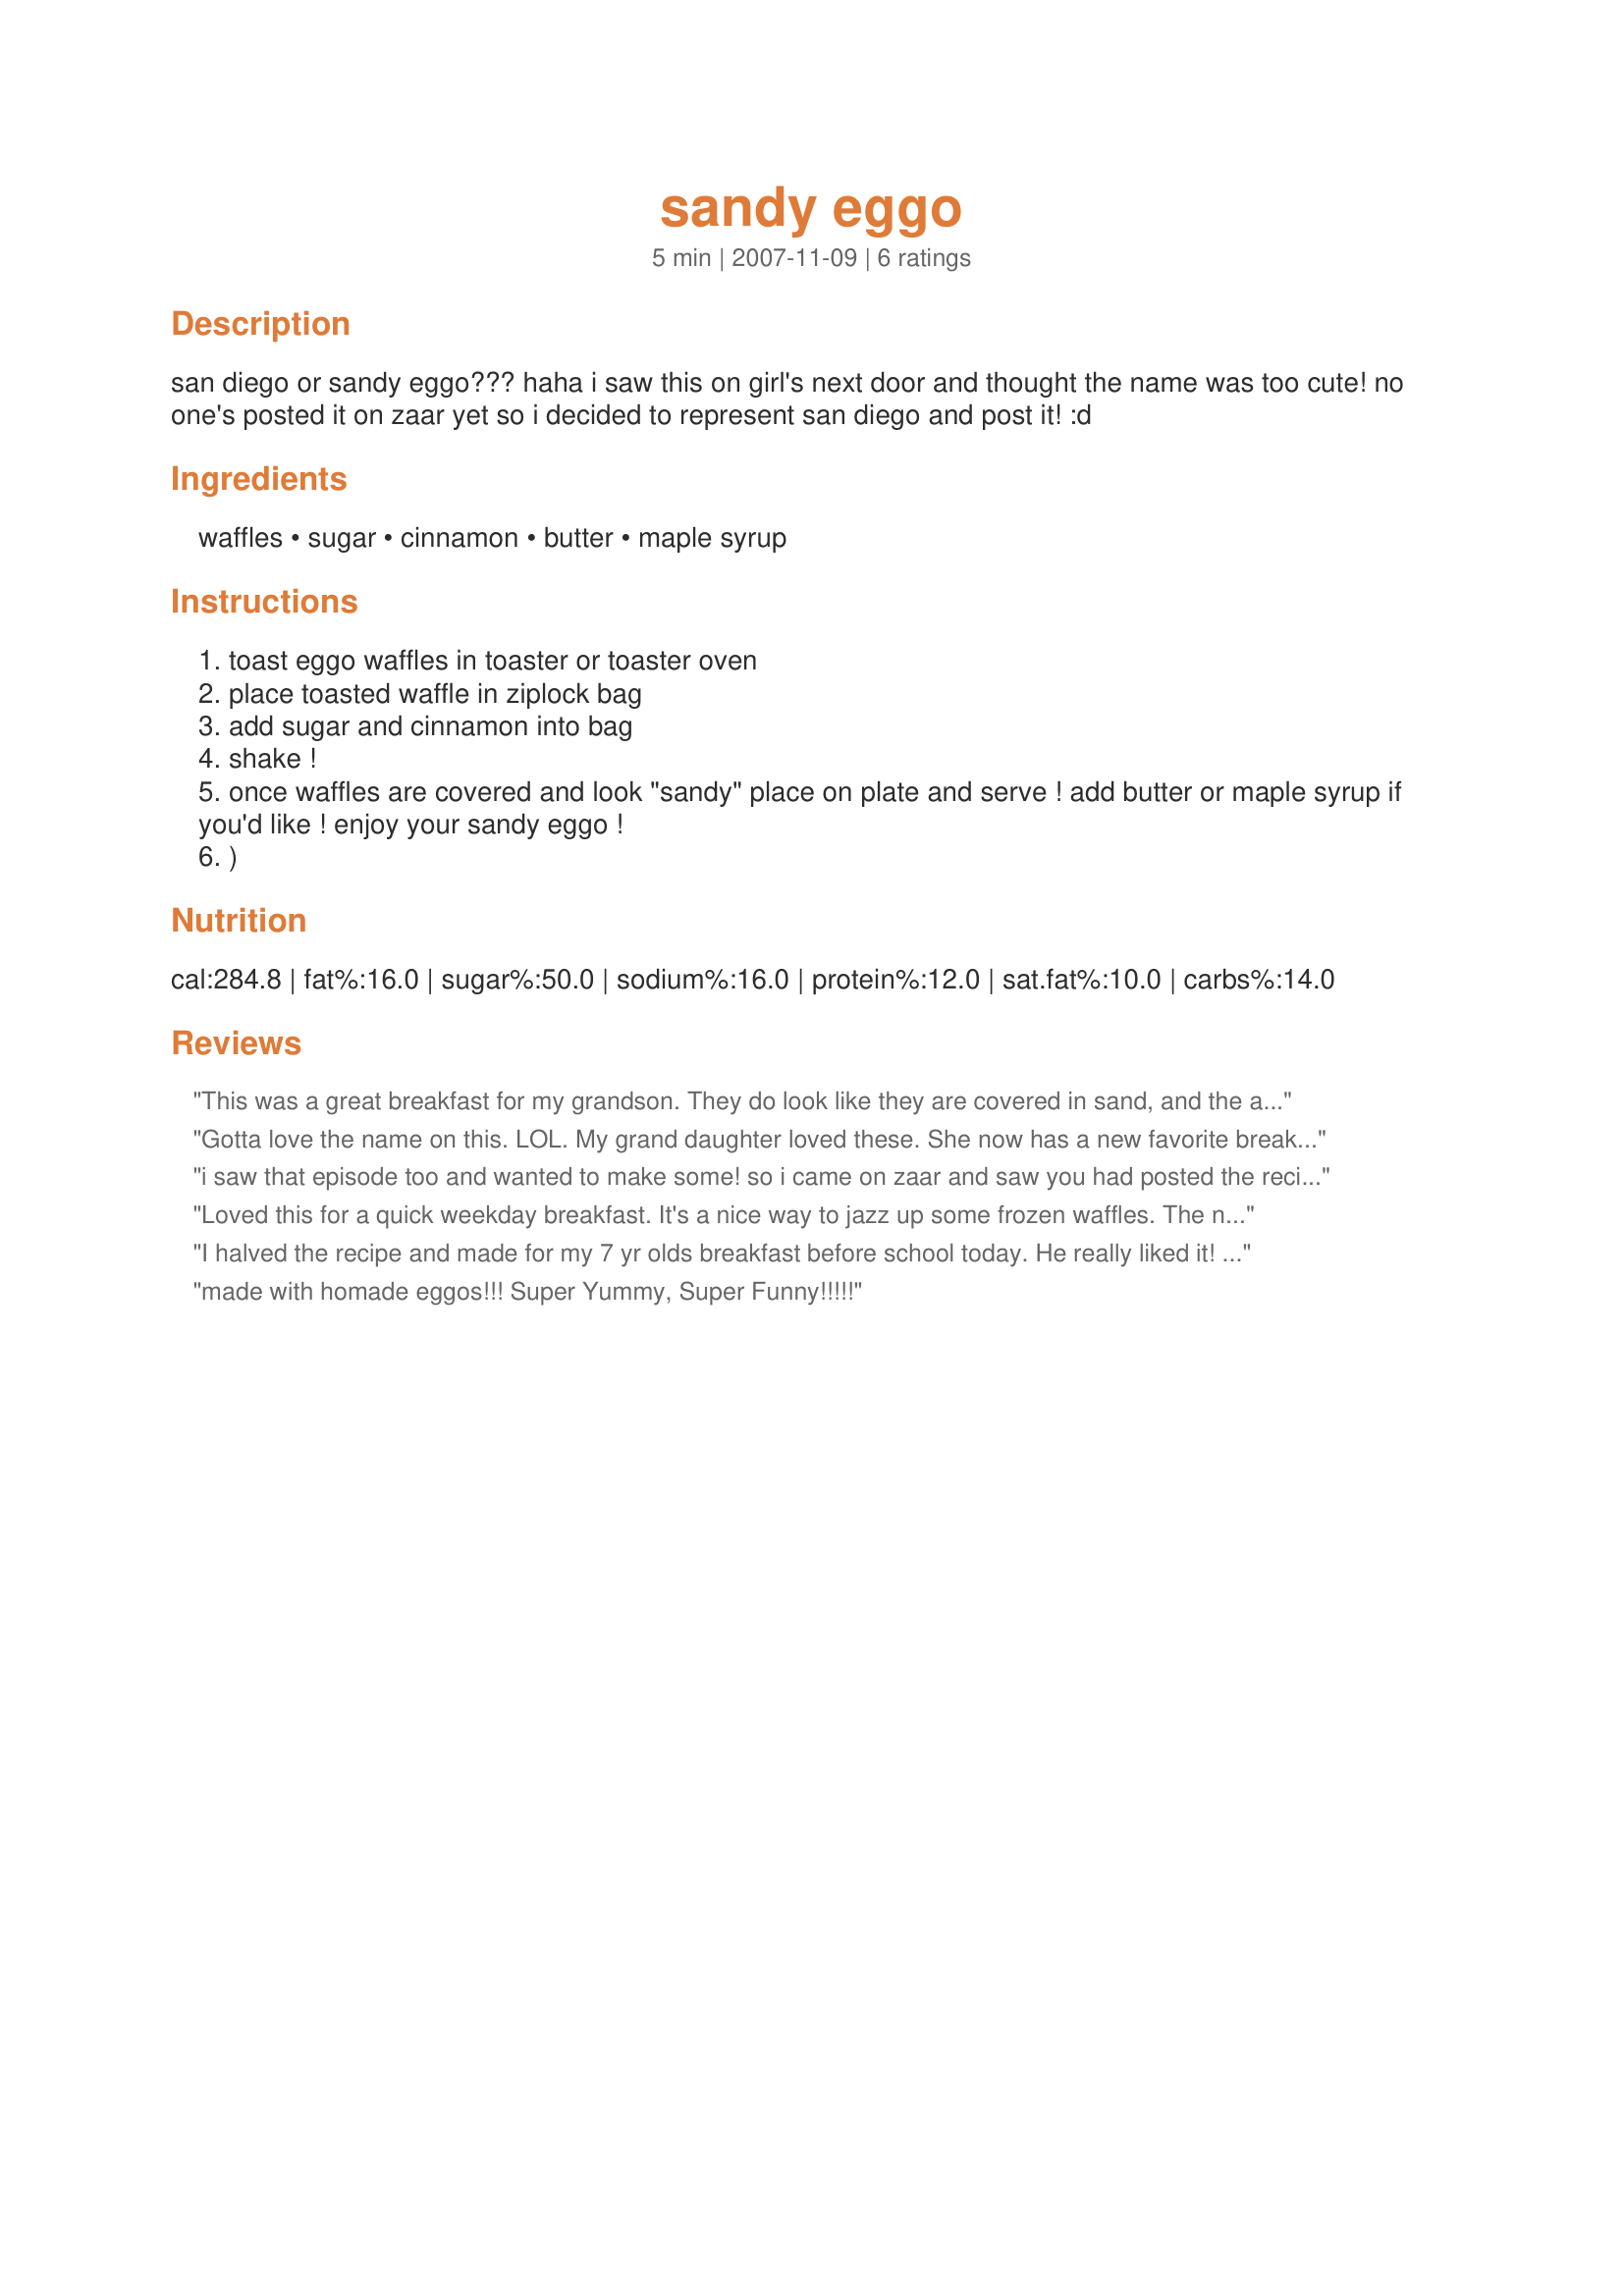
sandy eggo
Preparation time: 5 minutes

san diego or sandy eggo???
haha i saw this on girl's next door and thought the name was too cute! no one's posted it on zaar yet so i decided to represent san diego and post it! :d

Ingredients:
waffles, sugar, cinnamon, butter, maple syrup

Steps:
toast eggo waffles in toaster or toaster oven
place toasted waffle in ziplock bag
add sugar and cinnamon into bag
shake !
once waffles are covered and look "sandy" place on plate and serve ! add butter or maple syrup if you'd like ! enjoy your sandy eggo !
)

Reviews:
This was a great breakfast for my grandson. They do look like they are covered in sand, and the addition of the sugar/cinnamon made him eat these up. Now he wants his waffles "sandy" every time!
Gotta love the name on this. LOL. My grand daughter loved these. She now has a new favorite breakfast! And one that she can do herself. Thanks MeliBug!
i saw that episode too and wanted to make some! so i came on zaar and saw you had posted the recipe so i just had to try it! they are the best way to eat eggo waffles!
Loved this for a quick weekday breakfast. It's a nice way to jazz up some frozen waffles. The name is so cute too. Thanks so much for posting!
I halved the recipe and made for my 7 yr olds breakfast before school today. He really liked it! Cute name too:) Thanks.
made with homade eggos!!! Super Yummy, Super Funny!!!!!
